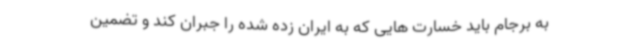
به برجام باید خسارت هایی که به ایران زده شده را جبران کند و تضمین